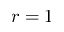
r = 1